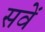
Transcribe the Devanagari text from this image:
सवें